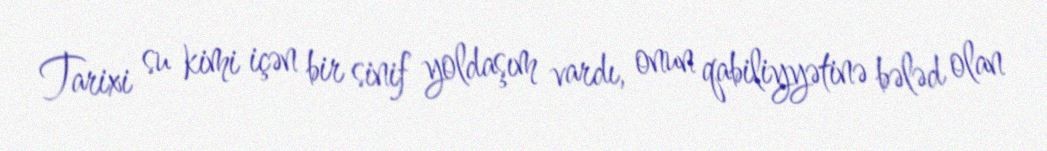
Tarixi su kimi içən bir sinif yoldaşım vardı, onun qabiliyyətinə bələd olan